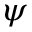
\psi